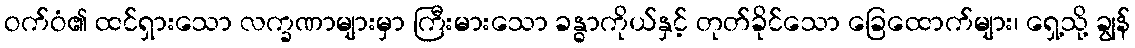
ဝက်ဝံ၏ ထင်ရှားသော လက္ခဏာများမှာ ကြီးမားသော ခန္ဓာကိုယ်နှင့် တုတ်ခိုင်သော ခြေထောက်များ၊ ရှေ့သို့ ချွန်